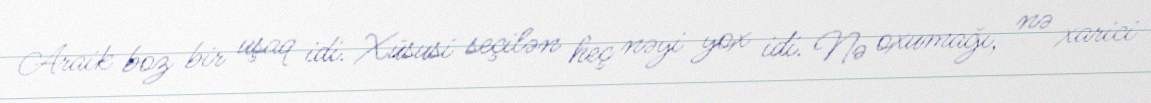
Araik boz bir uşaq idi. Xüsusi seçilən heç nəyi yox idi. Nə oxumağı, nə xarici